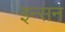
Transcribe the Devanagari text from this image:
इन्सन